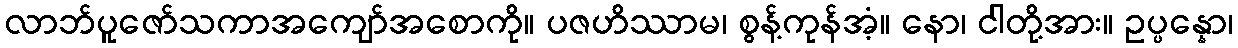
လာဘ်ပူဇော်သကာအကျော်အစောကို။ ပဇဟိဿာမ၊ စွန့်ကုန်အံ့။ နော၊ ငါတို့အား။ ဥပ္ပန္နော၊